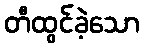
တီထွင်ခဲ့သော